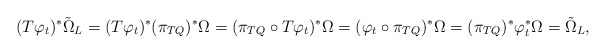
\begin{align*}(T\varphi_t)^* \tilde \Omega_L =(T\varphi_t)^*(\pi_{TQ})^* \Omega=(\pi_{TQ}\circ T\varphi_t)^* \Omega=(\varphi_t \circ \pi_{TQ})^* \Omega=(\pi_{TQ})^*\varphi_t^* \Omega = \tilde \Omega_L,\end{align*}